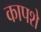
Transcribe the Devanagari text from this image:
कापशे